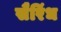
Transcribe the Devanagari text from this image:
सैरिंध